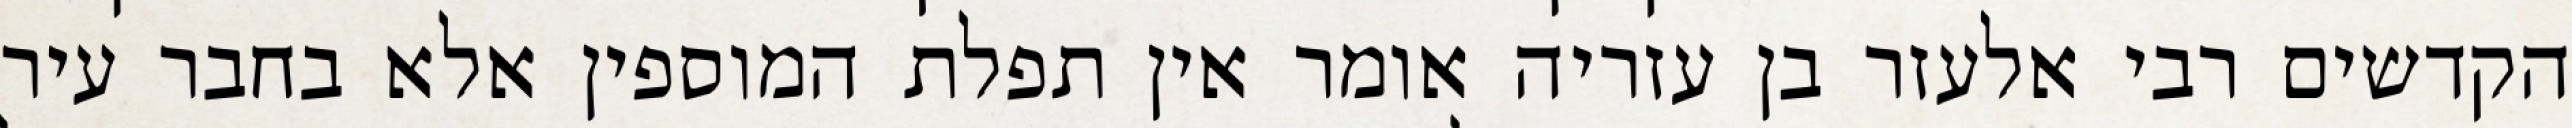
הקדשים רבי אלעזר בן עזריה אומר אין תפלת המוספין אלא בחבר עיר